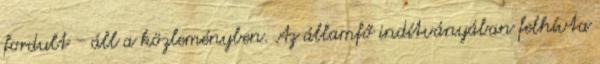
fordult - áll a közleményben. Az államfő indítványában felhívta